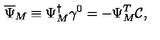
\overline { { \Psi } } _ { M } \equiv \Psi _ { M } ^ { \dagger } \gamma ^ { 0 } = - \Psi _ { M } ^ { T } \mathcal { C } ,